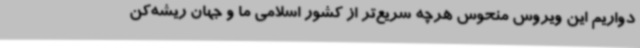
دواریم این ویروس منحوس هرچه سریع‌تر از کشور اسلامی ما و جهان ریشه‌کن